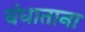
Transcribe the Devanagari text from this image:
बंधाताना